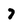
Character: 7